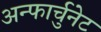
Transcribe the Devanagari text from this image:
अन्फार्चुनेट